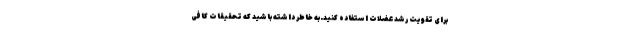
برای تقویت رشد عضلات استفاده کنید.به خاطر داشته باشید که تحقیقات کافی